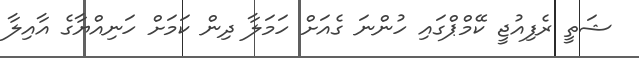
ޝަތީ ރެފިއުޖީ ކޭމްޕްގައި ހުންނަ ގެއަށް ހަމަލާ ދިން ކަމަށް ހަނިއްޔާގެ އާއިލާ